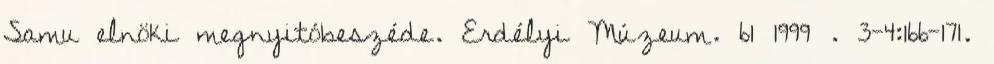
Samu elnöki megnyitóbeszéde. Erdélyi Múzeum. 61 1999 . 3-4:166-171.